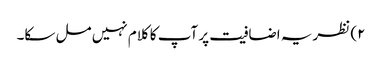
۲) نظریہ اضافیت پر آپ کا کلام نہیں مل سکا۔